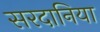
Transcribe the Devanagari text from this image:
सरदानिया